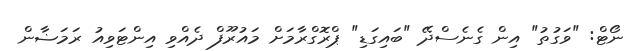
ނޯޓް: "ވަގުތު" އިން ގެނެސްދޭ "ބައިގަޑި" ޕްރޮގްރާމަށް މައުރޫފް ދެއްވި އިންޓަވިއު ރަމަޟާން